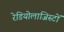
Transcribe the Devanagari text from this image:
रेडियोलाजिस्टों